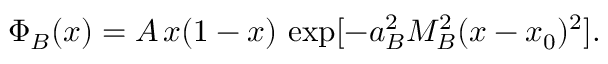
\Phi _ { B } ( x ) = A \, x ( 1 - x ) \, \exp [ - a _ { B } ^ { 2 } M _ { B } ^ { 2 } ( x - x _ { 0 } ) ^ { 2 } ] .